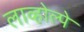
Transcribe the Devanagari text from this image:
लाव्होल्पे